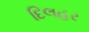
દિલહર